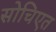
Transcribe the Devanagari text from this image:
सोचिएत